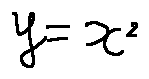
y = x ^ { 2 }